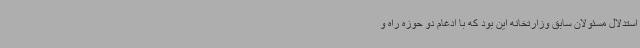
استدلال مسئولان سابق وزارتخانه این بود که با ادغام دو حوزه راه و